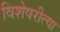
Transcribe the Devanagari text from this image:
विशेषरीत्या